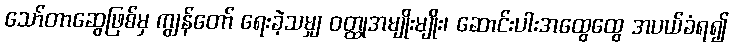
သော်တာဆွေဖြစ်မှ ကျွန်တော် ရေးခဲ့သမျှ ဝတ္ထုအမျိုးမျိုး၊ ဆောင်းပါးအထွေထွေ အပယ်ခံရ၍